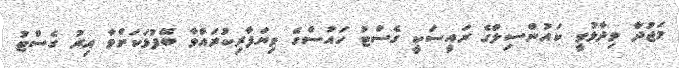
މަޖުދާ ވިދާޅުވީ ކައުންސިލްގެ ރައީސަކީ ގެސްޓު ހައުސްގެ ވިޔަފާރިކުރައްވާ ބޭފުޅަކަށްވާ އިރު ގެސްޓު